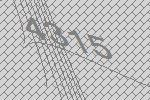
4315